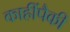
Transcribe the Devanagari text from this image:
काहींपैकी